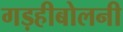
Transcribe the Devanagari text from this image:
गड़हीबोलनी